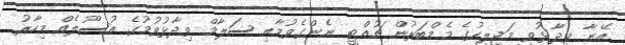
އޭނާ ވިދާޅުވީ މަޖިލީހުގެ މެމްބަރުން ޗުއްޓީ ނެންގެވުމާއި ސަލާމް ވިދާޅުވުމުގެ އުސޫލެއް މިހާރު